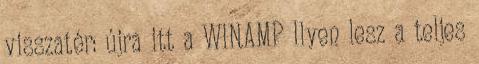
visszatér: újra itt a WINAMP Ilyen lesz a teljes